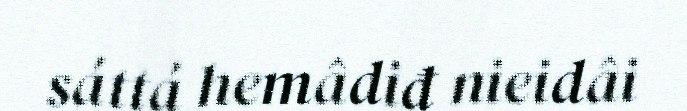
sáttá hemâdiđ nieidâi